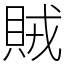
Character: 賊